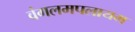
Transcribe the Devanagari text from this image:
वंगलमपलायम